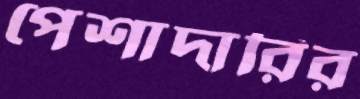
পেশাদারির